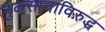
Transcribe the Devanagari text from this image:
नुकसानाविरुद्ध